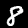
Digit: 8